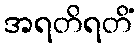
အရတိရတိံ